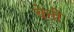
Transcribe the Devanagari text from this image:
बेत्ती